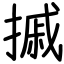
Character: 摵